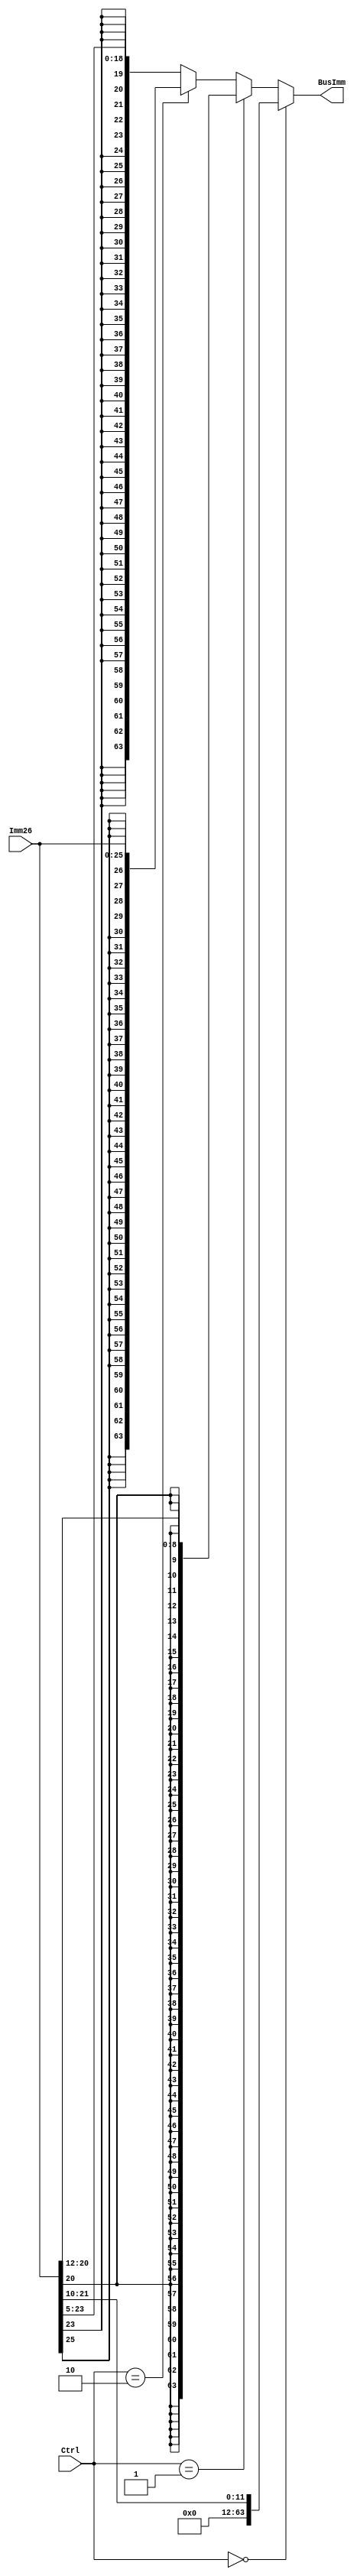
 
`timescale 1ns / 1ps
`define STRLEN 8


module SignExtender(BusImm, Imm26, Ctrl); 
  output reg [63:0] BusImm; 
  input [25:0] Imm26; 
  input [1:0]Ctrl; 

  wire extBit; 
  assign #1 extBit = (Ctrl ? 1'b0 : Imm26[25]); 
  //assign BusImm = {{26{extBit}}, Imm26}; 
  
always @(*)begin
	if(Ctrl == 2'b00)
    begin //I
      BusImm = {{52{1'b0}},Imm26[21:10]};
    end
	else if(Ctrl == 2'b01)
    begin // D
      BusImm = {{55{Imm26[20]}}, Imm26[20:12]};
    end
	else if(Ctrl == 2'b10)
    begin // B
      BusImm = {{38{Imm26[25]}}, Imm26};
    end
	else 
    begin// CB
      BusImm = {{45{Imm26[23]}}, Imm26[23:5]};
    end
end


endmodule